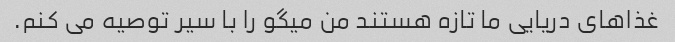
غذاهای دریایی ما تازه هستند من میگو را با سیر توصیه می کنم.